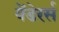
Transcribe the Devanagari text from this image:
वेंडेरर्स